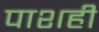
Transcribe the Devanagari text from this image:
पाशही